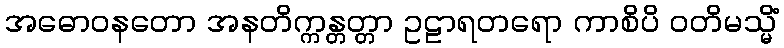
အဓောဝနတော အနတိက္ကန္တတ္တာ ဥဠာရတရော ကာစိပိ ဝတိမသ္မိံ